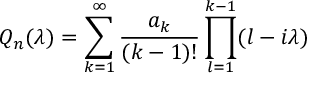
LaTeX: Q _ { n } ( \lambda ) = \sum _ { k = 1 } ^ { \infty } \frac { a _ { k } } { ( k - 1 ) ! } \prod _ { l = 1 } ^ { k - 1 } ( l - i \lambda )